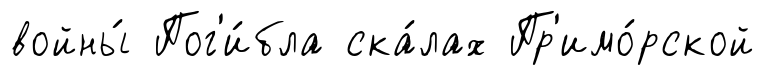
войны́ Пог'и́бла ска́лах Пр'имо́рской